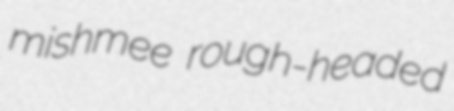
mishmee rough-headed